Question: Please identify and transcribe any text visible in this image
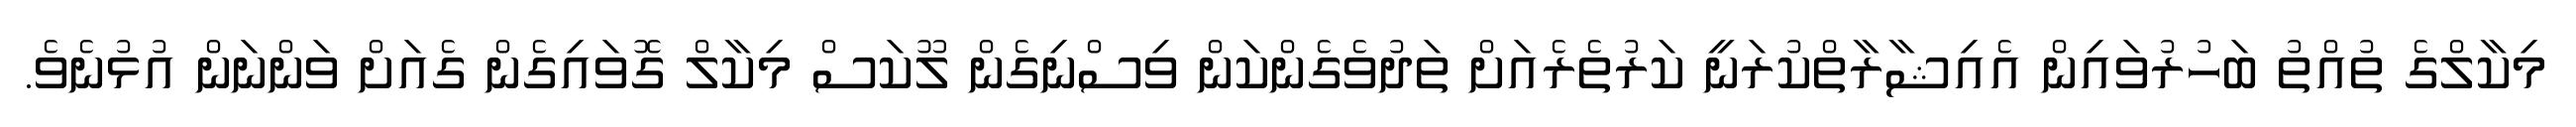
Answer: މިކާލްގެ ތުއްތު ބަހުރުވައިން އެއިޝާރާތްކުރަނީ ކަރުތެރެއަށް ތަދުވެގެންކަން ވިސްނިގެން ލޫކަސް މިކާލް ގޮވައިގެން ގެއަށް ވަންނަން އުޅުނެވެ.